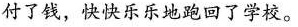
付了钱，快快乐乐地跑回了学校。